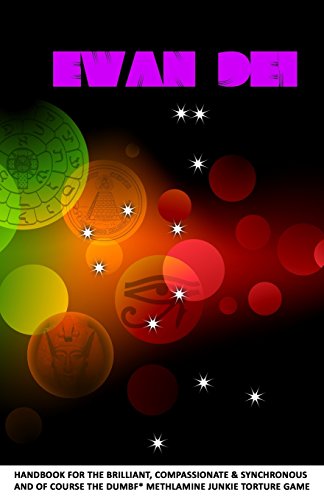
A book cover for Ewan Dei: Handbook for the Brilliant, Compassionate & Synchronous; Ewan Lillicii; Religion & Spirituality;